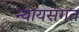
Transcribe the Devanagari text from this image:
न्‍यायसंगत